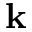
\mathbf { k }